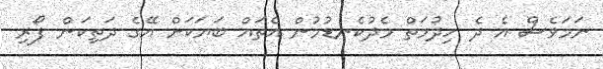
ނަމަވެސް އެ ދެ ހިދުމަތް މެދުކެނޑުމުން އެތައް ބަޔަކަށް އޭގެ ދަތިކަން ފޯރި